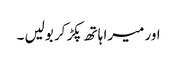
اور میرا ہاتھ پکڑ کر بولیں ۔